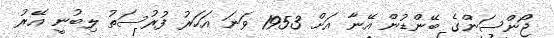
ޖޯންސަންގެ ބޭންޑުން އޭނާ އަށް 1953 ވަނަ އަހަރު ފުރުސަތު ލިބުނީ އޭރު